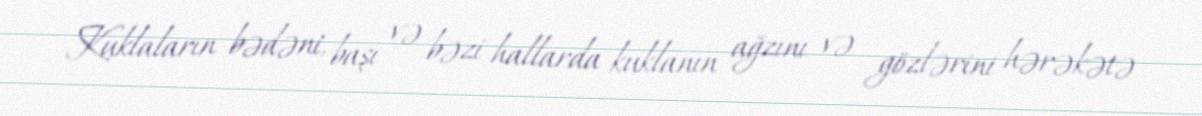
Kuklaların bədəni, başı və bəzi hallarda kuklanın ağzını və gözlərini hərəkətə